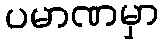
ပမာဏမှာ